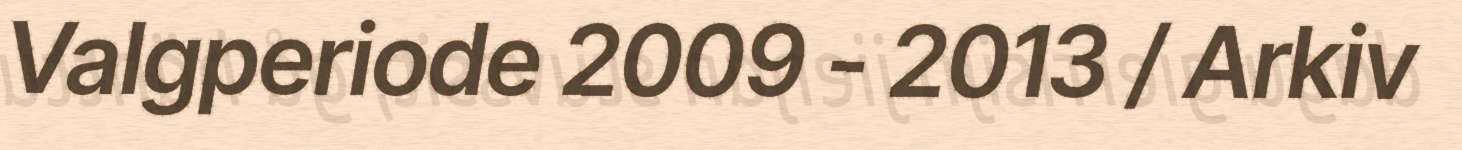
Valgperiode 2009 - 2013 / Arkiv